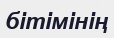
бітімінің